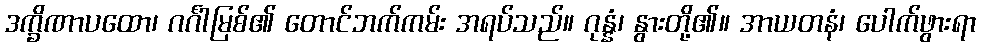
ဒက္ခိဏာပထော၊ ဂင်္ဂါမြစ်၏ တောင်ဘက်ကမ်း အရပ်သည်။ ဂုန္နံ၊ နွားတို့၏။ အာယတနံ၊ ပေါက်ဖွားရာ